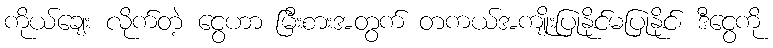
ကိုယ်ချေး လိုက်တဲ့ ငွေဟာ မြီးစားအတွက် တကယ်အကျိုးပြုနိုင်မပြုနိုင်၊ ဒီငွေကို